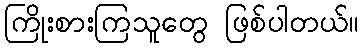
ကြိုးစားကြသူတွေ ဖြစ်ပါတယ်။